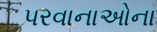
પરવાનાઓના